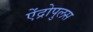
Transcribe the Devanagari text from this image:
ऐंद्रोपुलस